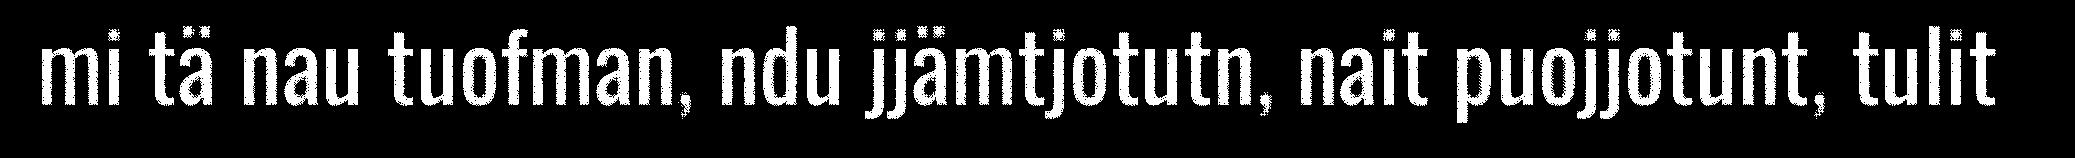
mi tä nau tuofman, ndu jjämtjotutn, nait puojjotunt, tulit